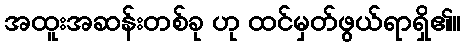
အထူးအဆန်းတစ်ခု ဟု ထင်မှတ်ဖွယ်ရာရှိ၏။